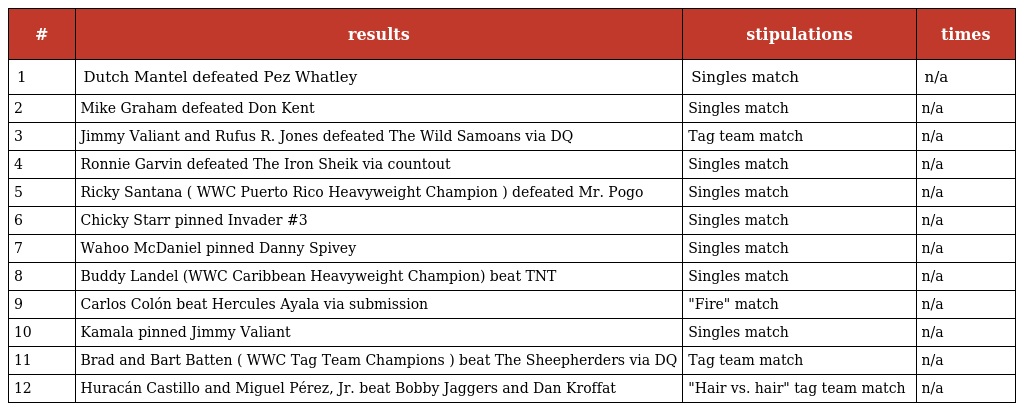
| # | results | stipulations | times |
 | --- | --- | --- | --- |
 | 1 | Dutch Mantel defeated Pez Whatley | Singles match | n/a |
 | 2 | Mike Graham defeated Don Kent | Singles match | n/a |
 | 3 | Jimmy Valiant and Rufus R. Jones defeated The Wild Samoans via DQ | Tag team match | n/a |
 | 4 | Ronnie Garvin defeated The Iron Sheik via countout | Singles match | n/a |
 | 5 | Ricky Santana ( WWC Puerto Rico Heavyweight Champion ) defeated Mr. Pogo | Singles match | n/a |
 | 6 | Chicky Starr pinned Invader #3 | Singles match | n/a |
 | 7 | Wahoo McDaniel pinned Danny Spivey | Singles match | n/a |
 | 8 | Buddy Landel (WWC Caribbean Heavyweight Champion) beat TNT | Singles match | n/a |
 | 9 | Carlos Colón beat Hercules Ayala via submission | "Fire" match | n/a |
 | 10 | Kamala pinned Jimmy Valiant | Singles match | n/a |
 | 11 | Brad and Bart Batten ( WWC Tag Team Champions ) beat The Sheepherders via DQ | Tag team match | n/a |
 | 12 | Huracán Castillo and Miguel Pérez, Jr. beat Bobby Jaggers and Dan Kroffat | "Hair vs. hair" tag team match | n/a |